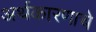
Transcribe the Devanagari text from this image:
अर्थकारणाचे